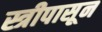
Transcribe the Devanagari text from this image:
स्त्रीपासून